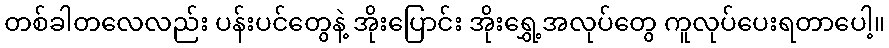
တစ်ခါတလေလည်း ပန်းပင်တွေနဲ့ အိုးပြောင်း အိုးရွှေ့အလုပ်တွေ ကူလုပ်ပေးရတာပေါ့။